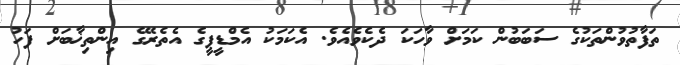
ތަފާތުވުންތަކުގެ ސަބަބުން ކަމަށް ވާހަކަ ދެކެވެއެވެ. އެކަމަކު އެމްޑީޕީގެ އެތެރޭގެ އިންތިޚާބަށް ފަހު